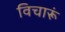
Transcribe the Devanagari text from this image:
विचारूं